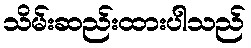
သိမ်းဆည်းထားပါသည်